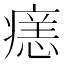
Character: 𭼞